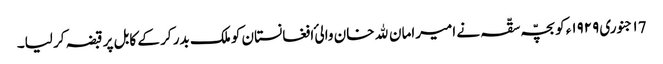
١7 جنوری ١٩٢٩ء کو بچّہ سقّہ نے امیرامان ﷲ خان والیٔ افغانستان کو ملک بدر کر کے کابل پر قبضہ کر لیا۔